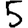
Digit: 5